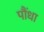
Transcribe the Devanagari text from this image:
पौंधा